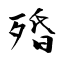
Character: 殙